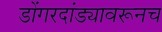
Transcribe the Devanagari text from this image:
डोंगरदांड्यावरूनच